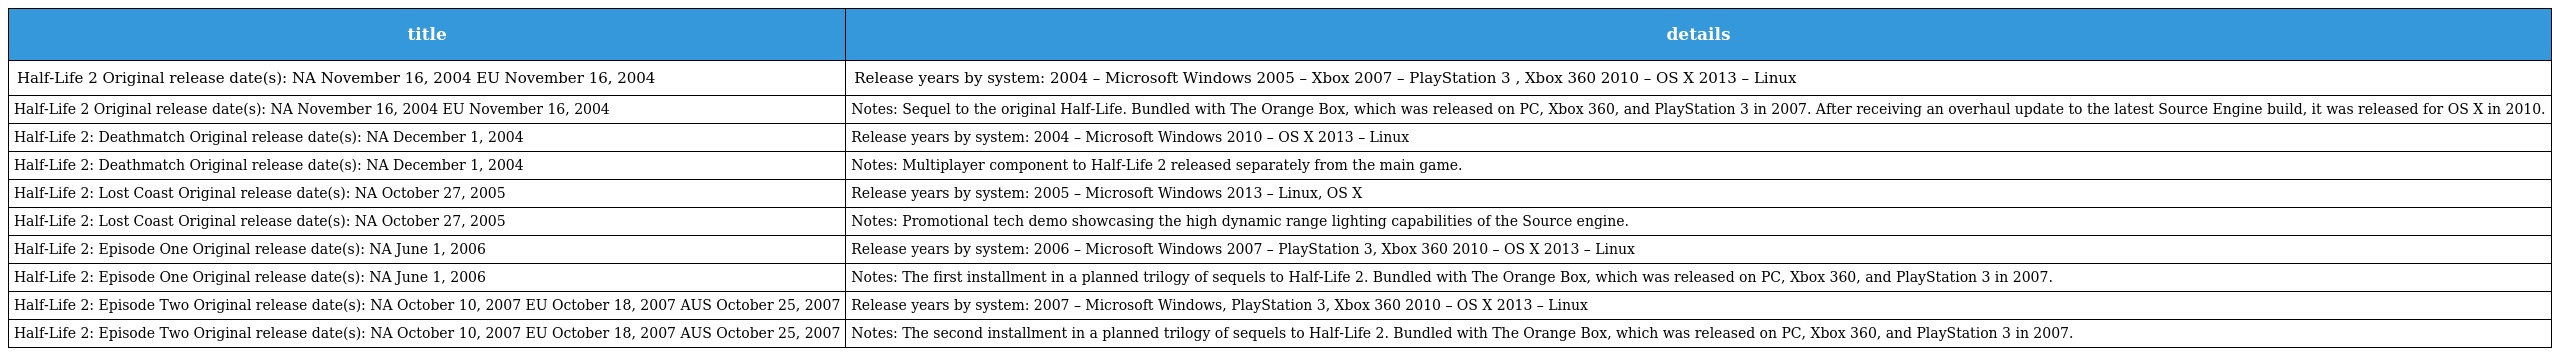
| title | details |
 | --- | --- |
 | Half-Life 2 Original release date(s): NA November 16, 2004 EU November 16, 2004 | Release years by system: 2004 – Microsoft Windows 2005 – Xbox 2007 – PlayStation 3 , Xbox 360 2010 – OS X 2013 – Linux |
 | Half-Life 2 Original release date(s): NA November 16, 2004 EU November 16, 2004 | Notes: Sequel to the original Half-Life. Bundled with The Orange Box, which was released on PC, Xbox 360, and PlayStation 3 in 2007. After receiving an overhaul update to the latest Source Engine build, it was released for OS X in 2010. |
 | Half-Life 2: Deathmatch Original release date(s): NA December 1, 2004 | Release years by system: 2004 – Microsoft Windows 2010 – OS X 2013 – Linux |
 | Half-Life 2: Deathmatch Original release date(s): NA December 1, 2004 | Notes: Multiplayer component to Half-Life 2 released separately from the main game. |
 | Half-Life 2: Lost Coast Original release date(s): NA October 27, 2005 | Release years by system: 2005 – Microsoft Windows 2013 – Linux, OS X |
 | Half-Life 2: Lost Coast Original release date(s): NA October 27, 2005 | Notes: Promotional tech demo showcasing the high dynamic range lighting capabilities of the Source engine. |
 | Half-Life 2: Episode One Original release date(s): NA June 1, 2006 | Release years by system: 2006 – Microsoft Windows 2007 – PlayStation 3, Xbox 360 2010 – OS X 2013 – Linux |
 | Half-Life 2: Episode One Original release date(s): NA June 1, 2006 | Notes: The first installment in a planned trilogy of sequels to Half-Life 2. Bundled with The Orange Box, which was released on PC, Xbox 360, and PlayStation 3 in 2007. |
 | Half-Life 2: Episode Two Original release date(s): NA October 10, 2007 EU October 18, 2007 AUS October 25, 2007 | Release years by system: 2007 – Microsoft Windows, PlayStation 3, Xbox 360 2010 – OS X 2013 – Linux |
 | Half-Life 2: Episode Two Original release date(s): NA October 10, 2007 EU October 18, 2007 AUS October 25, 2007 | Notes: The second installment in a planned trilogy of sequels to Half-Life 2. Bundled with The Orange Box, which was released on PC, Xbox 360, and PlayStation 3 in 2007. |